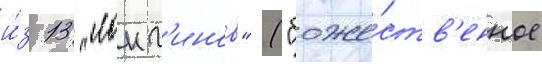
и́з 13 "лонг'инов" ("боже́ств'енное